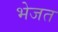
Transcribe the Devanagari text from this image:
भेजत